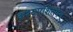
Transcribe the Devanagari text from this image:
कश्यपशिल्पम्